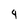
Character: 9